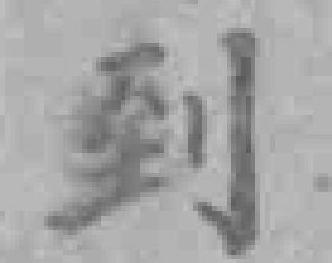
到